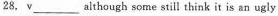
28.v ___ although some still think it is an ugly